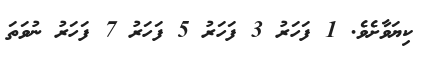
ކިޔަވާށެވެ. 1 ފަހަރު 3 ފަހަރު 5 ފަހަރު 7 ފަހަރު ނުވަތަ